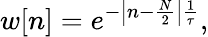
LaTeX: w[n]=e^{-\left|n-{\frac{N}{2}}\right|{\frac{1}{\tau}}},